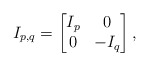
\begin{align*}I_{p,q}=\begin{bmatrix} I_p & 0\\ 0 & -I_q\end{bmatrix},\end{align*}